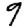
Digit: 9